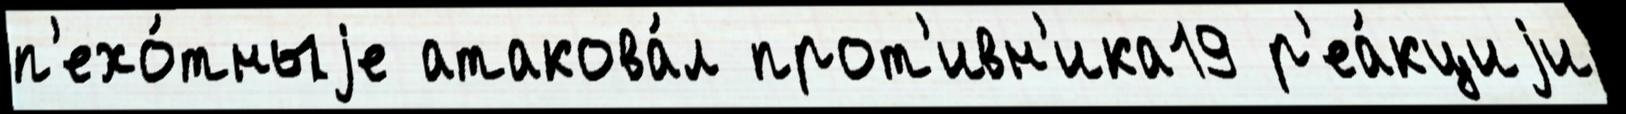
п'ехо́тныjе атакова́л прот'ивн'ика19 р'еа́кциjи